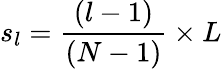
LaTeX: s_{l}=\frac{(l-1)}{(N-1)}\times L